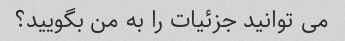
می توانید جزئیات را به من بگویید؟